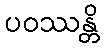
ပဝဿန္တိ